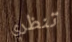
تنظري